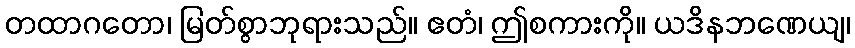
တထာဂတော၊ မြတ်စွာဘုရားသည်။ ဧတံ၊ ဤစကားကို။ ယဒိနဘဏေယျ၊